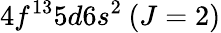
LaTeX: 4f^{13}5d6s^{2}\: (J=2)